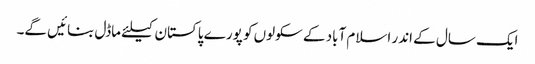
ایک سال کے اندر اسلام آباد کے سکولوں کو پورے پاکستان کیلئے ماڈل بنائیں گے۔